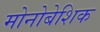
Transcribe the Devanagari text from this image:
मोनोबेशिक